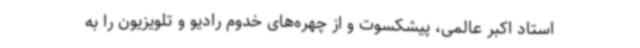
استاد اکبر عالمی، پیشکسوت و از چهره‌های خدوم رادیو و تلویزیون را به